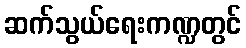
ဆက်သွယ်ရေးကဏ္ဍတွင်